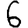
Digit: 6